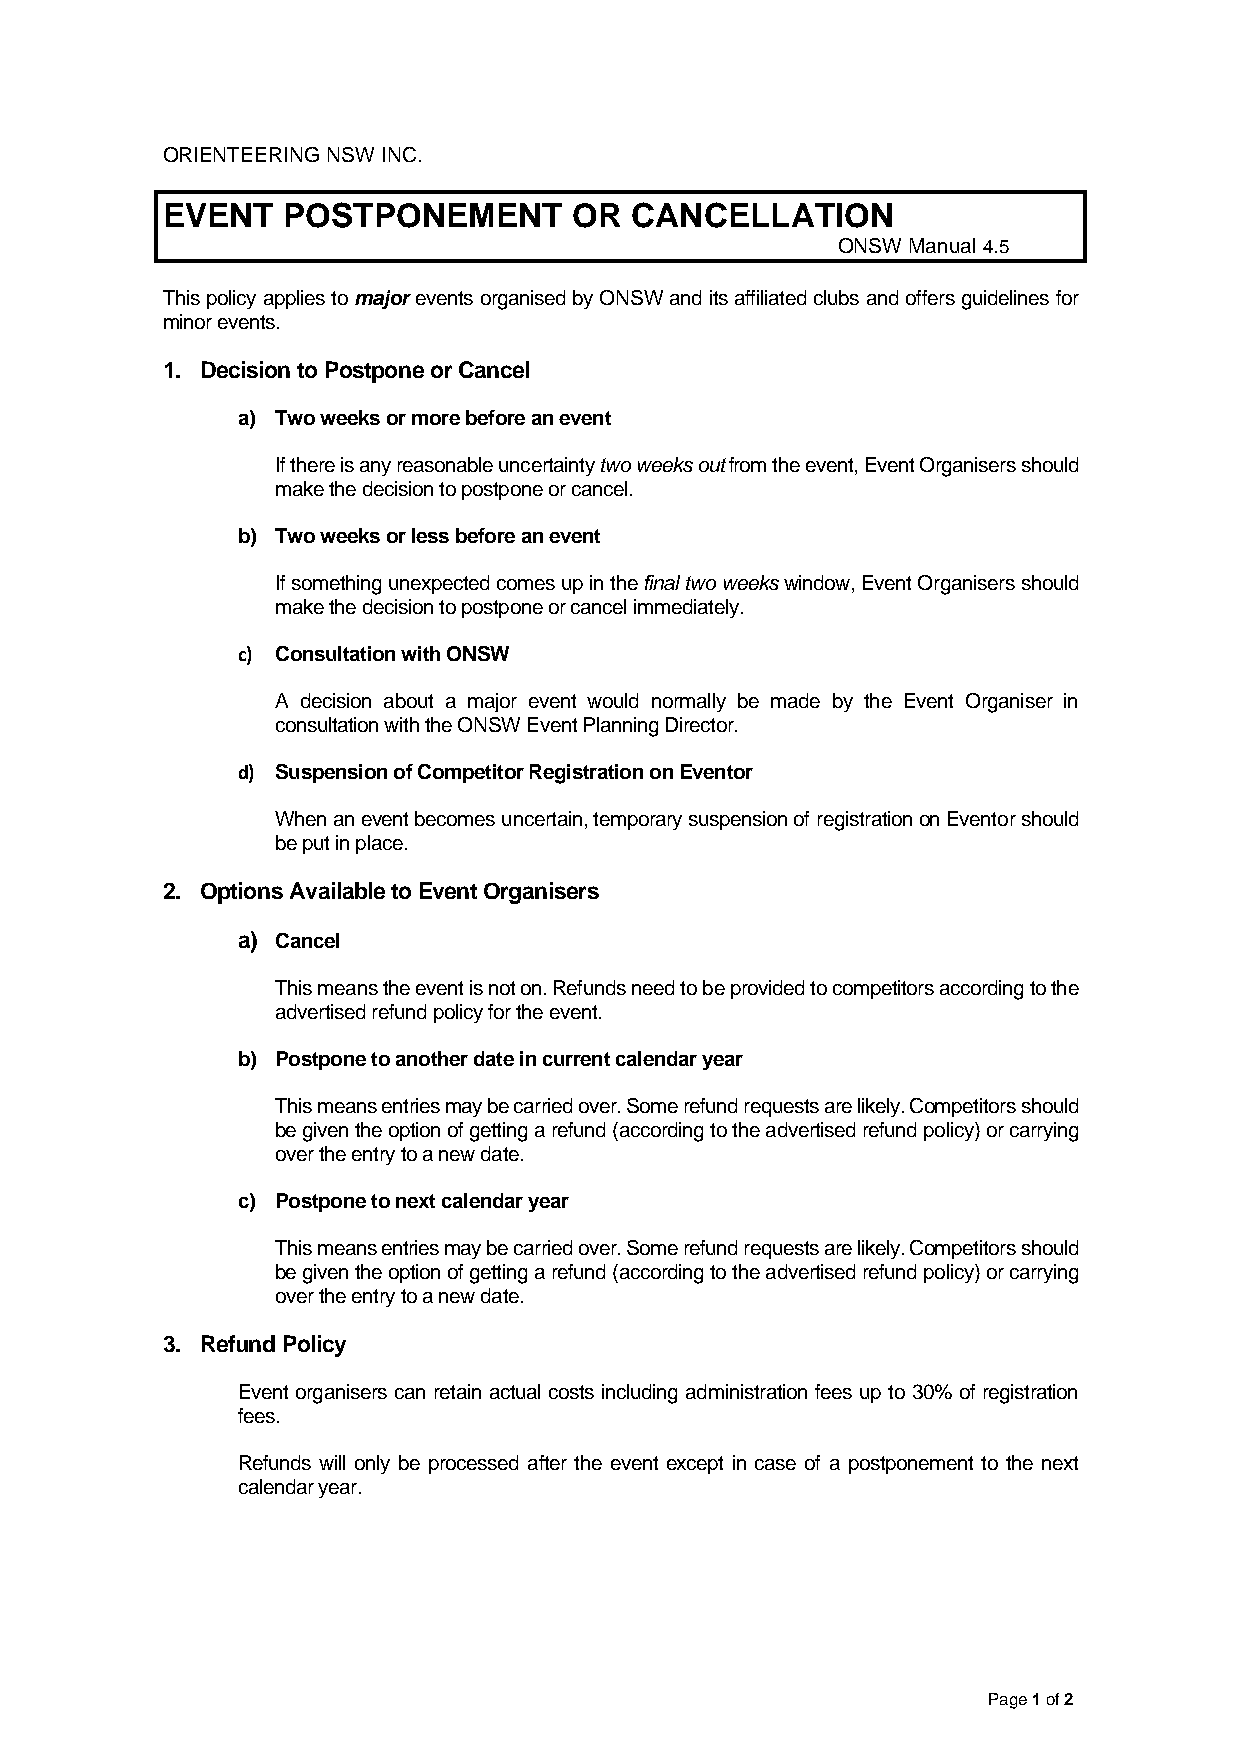
ORIENTEERING NSW INC.
 EVENT   POSTPONEMENT       OR  CANCELLATION
 ONSW Manual 4.5
 This policy applies to major events organised by ONSW and its affiliated clubs and offers guidelines for
 minor events.
 1. Decision to Postpone or Cancel
 a) Two weeks or more before an event
 If there is any reasonable uncertainty two weeks out from the event, Event Organisers should
 make the decision to postpone or cancel.
 b) Two weeks or less before an event
 If something unexpected comes up in the final two weeks window, Event Organisers should
 make the decision to postpone or cancel immediately.
 c) Consultation with ONSW
 A decision about a major event would normally be made by the Event Organiser in
 consultation with the ONSW Event Planning Director.
 d) Suspension of Competitor Registration on Eventor
 When an event becomes uncertain, temporary suspension of registration on Eventor should
 be put in place.
 2. Options Available to Event Organisers
 a) Cancel
 This means the event is not on. Refunds need to be provided to competitors according to the
 advertised refund policy for the event.
 b) Postpone to another date in current calendar year
 This means entries may be carried over. Some refund requests are likely. Competitors should
 be given the option of getting a refund (according to the advertised refund policy) or carrying
 over the entry to a new date.
 c) Postpone to next calendar year
 This means entries may be carried over. Some refund requests are likely. Competitors should
 be given the option of getting a refund (according to the advertised refund policy) or carrying
 over the entry to a new date.
 3. Refund Policy
 Event organisers can retain actual costs including administration fees up to 30% of registration
 fees.
 Refunds will only be processed after the event except in case of a postponement to the next
 calendar year.
 Page 1 of 2